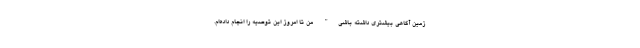
زمین آگاهی بیشتری داشته باشی" من تا امروز این توصیه را انجام داده‌ام.